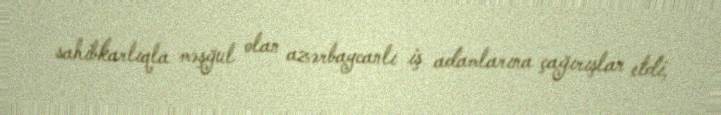
sahibkarlıqla məşğul olan azərbaycanlı iş adamlarına çağırışlar etdi,